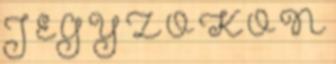
J E G Y Z Ő K Ö N